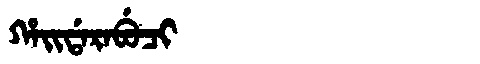
Manchu: ᡥᠠᡳᡩᠠᡵᠠᠪᡠᠴᡳ
Romanization: HAIDARABUCI